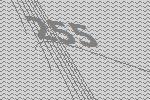
255